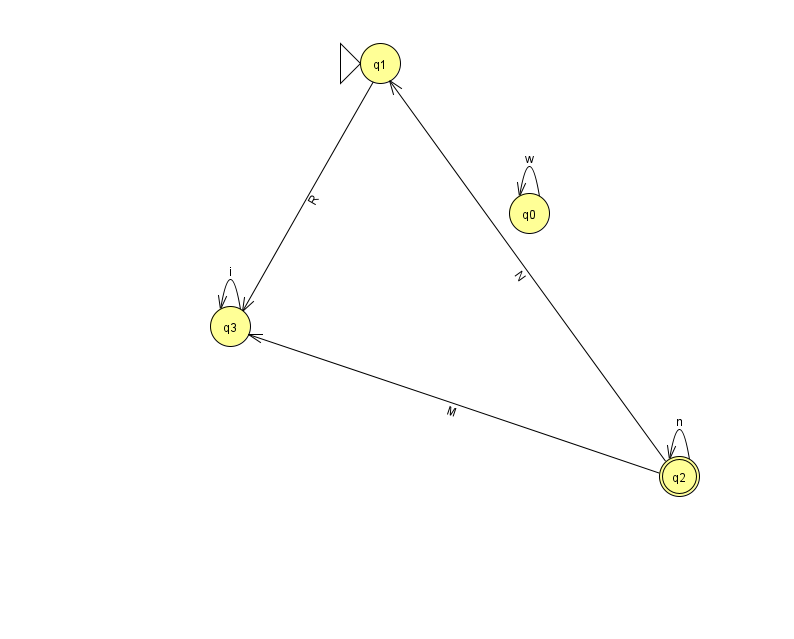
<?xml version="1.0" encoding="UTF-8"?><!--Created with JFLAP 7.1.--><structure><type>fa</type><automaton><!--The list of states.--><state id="0" name="q0"><x>529.0</x><y>200.0</y></state><state id="1" name="q1"><x>380.0</x><y>50.0</y><initial/></state><state id="2" name="q2"><x>679.0</x><y>463.0</y><final/></state><state id="3" name="q3"><x>230.0</x><y>313.0</y></state><!--The list of transitions.--><transition><from>2</from><to>3</to><read>M</read></transition><transition><from>0</from><to>0</to><read>w</read></transition><transition><from>3</from><to>3</to><read>i</read></transition><transition><from>2</from><to>1</to><read>N</read></transition><transition><from>1</from><to>3</to><read>R</read></transition><transition><from>2</from><to>2</to><read>n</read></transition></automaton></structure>